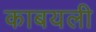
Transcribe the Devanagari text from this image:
काबयली